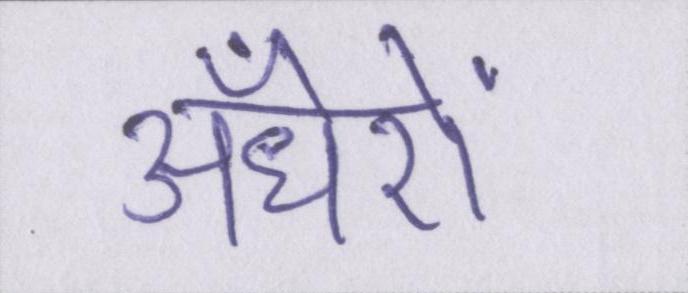
अँधेरों